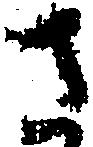
さ